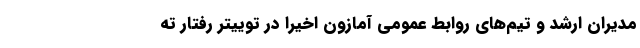
مدیران ارشد و تیم‌های روابط عمومی آمازون اخیرا در توییتر رفتار ته